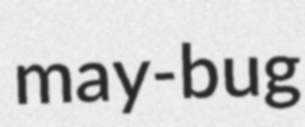
may-bug